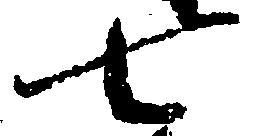
七